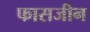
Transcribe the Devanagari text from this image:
फासजीन